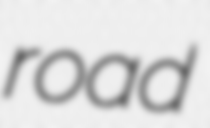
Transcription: road